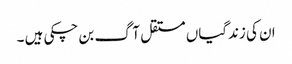
ان کی زندگیاں مستقل آگ بن چکی ہیں ۔